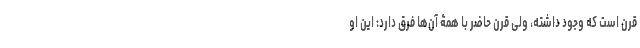
قرن است که وجود داشته، ولی قرن حاضر با همۀ آن‌ها فرق دارد: این او